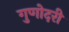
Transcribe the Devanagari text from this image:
गुणोदरी